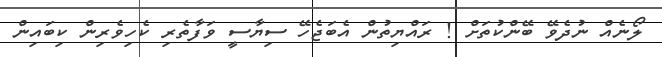
ލޯނެއް ނުދެވޭ ބޭންކުތަށް ! ރައްޔިތުން އެބަޖެހޭ ސިޔާސީ ވަފާތެރި ކެހިވެރިން ކިބައިން